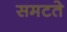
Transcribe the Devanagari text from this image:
समटते